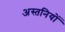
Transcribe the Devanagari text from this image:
अस्तनियों